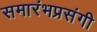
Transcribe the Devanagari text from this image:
समारंभप्रसंगी